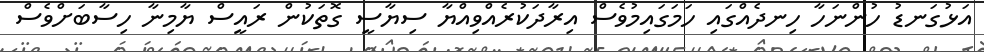
އަޅުގަނޑު ހުންނަހާ ހިނދެއްގައި ހަމަގައިމުވެސް އިރާދަކުރެއްވިއްޔާ ސިޔާސީ ގޮތަކުން ރައީސް ޔާމިނާ ހިސާބަށްވެސް